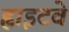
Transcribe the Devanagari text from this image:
ह्वाइटवे